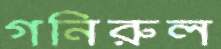
গনিরুল